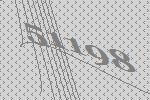
51198